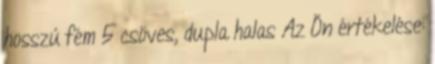
hosszú fém 5 csöves, dupla halas Az Ön értékelése: